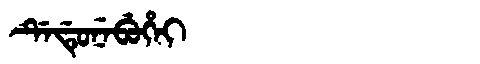
Manchu: ᡩᡝᡩᡠᠨᡝᠪᡠᡥᡝᡳ
Romanization: DEDUNEBUHEI